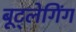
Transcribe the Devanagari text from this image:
बूट्लेगिंग